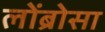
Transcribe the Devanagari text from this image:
लोंब्रोसा